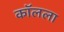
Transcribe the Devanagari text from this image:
कॉलला